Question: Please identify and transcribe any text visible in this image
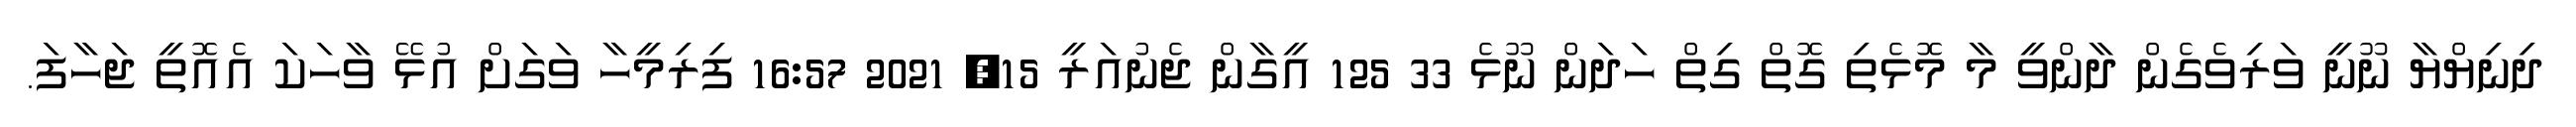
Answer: ދިނިޔްޔާ ނޫނީ ވަރިވެގެން ދާންވީ މާ މޮޅެތި ގޮތް ގިތް ހަދަން ނޫޅެ 33 125 އީގާން ޖެނުއަރީ 15, 2021 16:57 ފިރިމީހާ ވަގަށް އުޅޭ ވާހަކަ އެއޮތީ ޖަހާފަ.